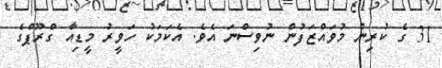
31 ގެ ކުރިން މުވައްޒަފުން ނުވިސްނަ އެވެ. އެކަމަކު ހަވީރު މީޑިއާ ގްރޫޕްގެ